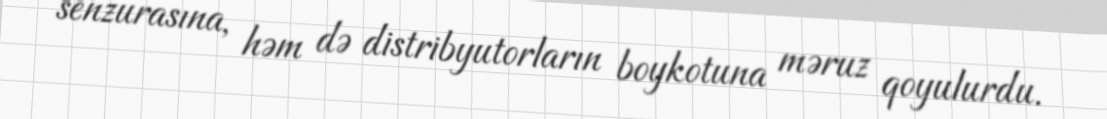
senzurasına, həm də distribyutorların boykotuna məruz qoyulurdu.